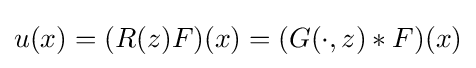
u(x)=(R(z)F)(x)=(G(\cdot ,z)*F)(x)